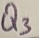
Text: Q3